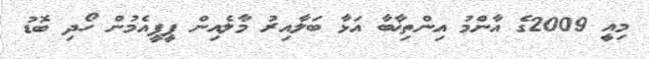
މިއީ 2009ގެ އާންމު އިންތިޚާބާ އަޅާ ބަލާއިރު މާލެއިން ޕީޕީއެމުން ހޯދި ބޮޑު